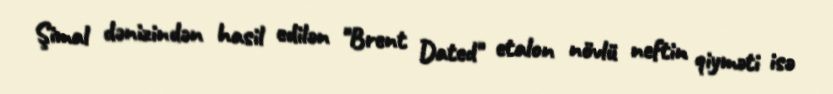
Şimal dənizindən hasil edilən "Brent Dated" etalon növlü neftin qiyməti isə